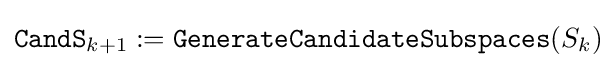
{\mathtt {CandS}}_{k+1}:={\mathtt {GenerateCandidateSubspaces}}(S_{k})\!